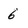
Character: 6